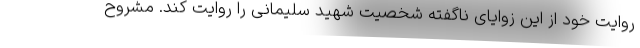
روایت خود از این زوایای ناگفته شخصیت شهید سلیمانی را روایت کند. مشروح